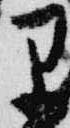
早